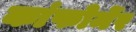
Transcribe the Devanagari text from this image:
कांफोर्मेर